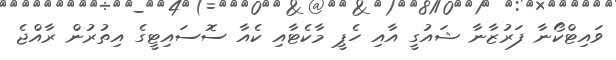
ވައިޓްކޯނާ ފަރުޒާނާ ޝައުގީ އާއި ހެޕީ މާކެޓާއި ކެއާ ސޮސައިޓީގެ އިތުރުން ރާއްޖެ